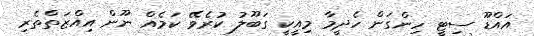
އައްޑޫ ސިޓީ ހިންގަން ހެދީމާ މިއީކީ ގަބޫލު ކުރެވޭ ކަމެއް ނޫން އިއްޒަތްތެރި